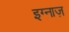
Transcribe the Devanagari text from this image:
इग्नाज़